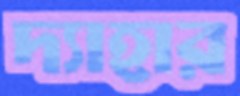
দ্যাহার